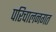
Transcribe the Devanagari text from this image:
परिचालनगत